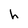
Character: h